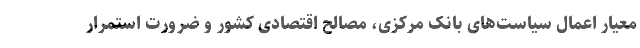
معیار اعمال سیاست‌های بانک مرکزی، مصالح اقتصادی کشور و ضرورت استمرار